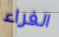
الفراء